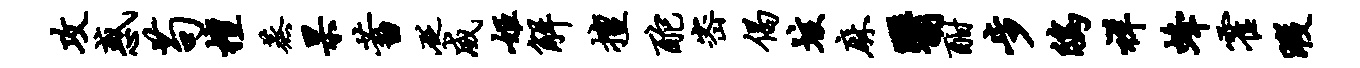
攻惑苟檀蒸杲蓄砭威姬解擅酡密偈垓麻翳酣步鸱祥蜂霍暇